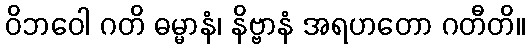
ဝိဘဝေါ ဂတိ ဓမ္မာနံ၊ နိဗ္ဗာနံ အရဟတော ဂတီတိ။